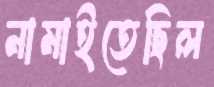
নামাইতেছিল